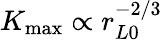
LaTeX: K_{\mathrm{max}}\propto r_{L0}^{-2/3}